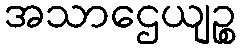
အသာဌေယျဉ္စ